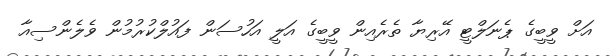
އަށް ވީބީގެ ޕެނަލްޓީ އޭރިޔާ ތެރެއިން ވީބީގެ އަލީ އަހުސަން ފައުލްކުރުމުން ވެލެންސިއާ